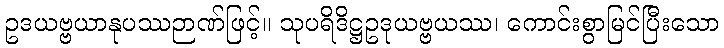
ဥဒယဗ္ဗယာနုပဿဉာဏ်ဖြင့်။ သုပရိဒိဋ္ဌဥဒုယဗ္ဗယဿ၊ ကောင်းစွာမြင်ပြီးသော